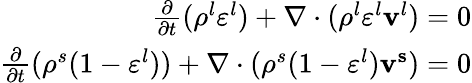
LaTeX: \begin{array}{r}{\frac{\partial}{\partial t}(\rho^{l}\varepsilon^{l})+\nabla\cdot(\rho^{l}\varepsilon^{l}\mathbf{v}^{l})=0}\\ {\frac{\partial}{\partial t}(\rho^{s}(1-\varepsilon^{l}))+\nabla\cdot(\rho^{s}(1-\varepsilon^{l})\mathbf{v^{s}})=0}\end{array}